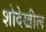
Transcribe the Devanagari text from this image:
शोदेखील